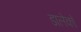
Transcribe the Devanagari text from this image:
डालेकों